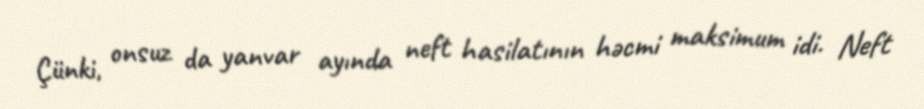
Çünki, onsuz da yanvar ayında neft hasilatının həcmi maksimum idi. Neft